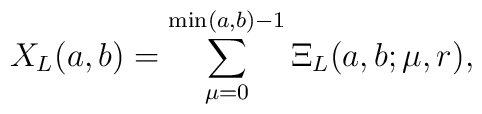
X_L(a,b)=\sum_{\mu=0}^{\min(a,b)-1} \Xi_L(a,b;\mu,r),